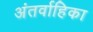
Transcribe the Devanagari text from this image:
अंतर्वाहिका